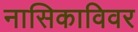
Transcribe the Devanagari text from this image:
नासिकाविवर